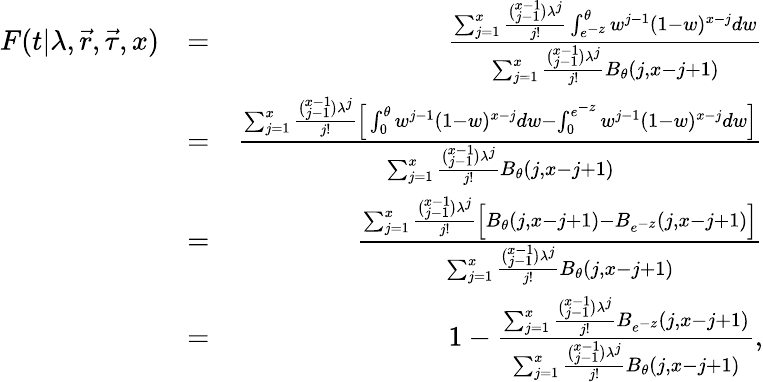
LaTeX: \begin{array}{rlr}{F(t|\lambda,\vec{r},\vec{\tau},x)}&{=}&{\frac{\sum_{j=1}^{x}\frac{\binom{x-1}{j-1}\lambda^{j}}{j!}\int_{e^{-z}}^{\theta}w^{j-1}(1-w)^{x-j}dw}{\sum_{j=1}^{x}\frac{\binom{x-1}{j-1}\lambda^{j}}{j!}B_{\theta}(j,x-j+1)}}\\ &{=}&{\frac{\sum_{j=1}^{x}\frac{\binom{x-1}{j-1}\lambda^{j}}{j!}\Big[\int_{0}^{\theta}w^{j-1}(1-w)^{x-j}dw-\int_{0}^{e^{-z}}w^{j-1}(1-w)^{x-j}dw\Big]}{\sum_{j=1}^{x}\frac{\binom{x-1}{j-1}\lambda^{j}}{j!}B_{\theta}(j,x-j+1)}}\\ &{=}&{\frac{\sum_{j=1}^{x}\frac{\binom{x-1}{j-1}\lambda^{j}}{j!}\Big[B_{\theta}(j,x-j+1)-B_{e^{-z}}(j,x-j+1)\Big]}{\sum_{j=1}^{x}\frac{\binom{x-1}{j-1}\lambda^{j}}{j!}B_{\theta}(j,x-j+1)}}\\ &{=}&{1-\frac{\sum_{j=1}^{x}\frac{\binom{x-1}{j-1}\lambda^{j}}{j!}B_{e^{-z}}(j,x-j+1)}{\sum_{j=1}^{x}\frac{\binom{x-1}{j-1}\lambda^{j}}{j!}B_{\theta}(j,x-j+1)},}\end{array}